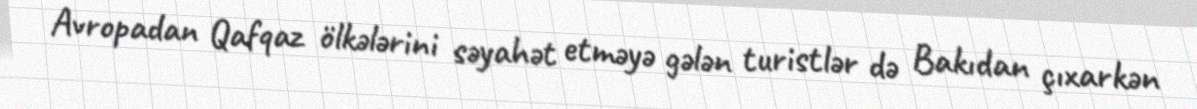
Avropadan Qafqaz ölkələrini səyahət etməyə gələn turistlər də Bakıdan çıxarkən